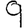
Digit: 9